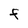
Character: F